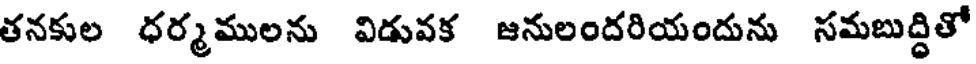
తనకుల ధర్మములను విడువక జనులందరియందును సమబుద్ధితో